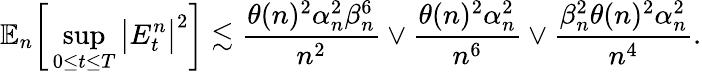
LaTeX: \mathbb{E}_{n}\bigg[\operatorname*{sup}_{0\le t\le T}\big|E_{t}^{n}\big|^{2}\bigg]\lesssim\frac{\theta(n)^{2}\alpha_{n}^{2}\beta_{n}^{6}}{n^{2}}\vee\frac{\theta(n)^{2}\alpha_{n}^{2}}{n^{6}}\vee\frac{\beta_{n}^{2}\theta(n)^{2}\alpha_{n}^{2}}{n^{4}}.